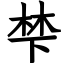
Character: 梺